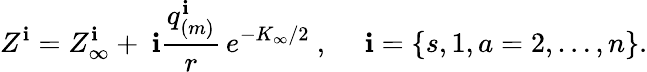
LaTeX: Z^{\mathbf{i}}=Z_{\infty}^{\mathbf{i}}+~\mathbf{i}{\frac{{q_{(m)}^{\mathbf{i}}}}{{r}}}\, e^{-K_{\infty}/2}\ ,~~~~~\mathbf{i}=\{ s,1,a=2,\dots,n\} .